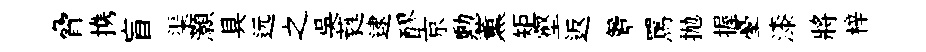
脅携盲渠灝具远之吳蕤逮醪京勲薫矩壑返簟罵抛握臺漆將梓